Annual report of the Bengal Veterinary College and of the Civil Veterinary Department, Bengal, for the year 1899-1900 - 1899-1900
Year: 1899
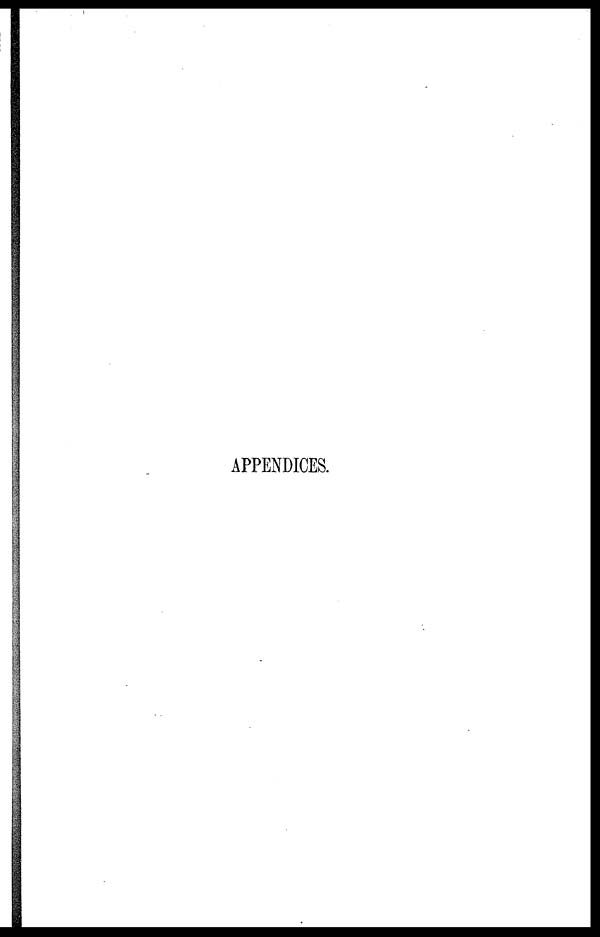
APPENDICES.